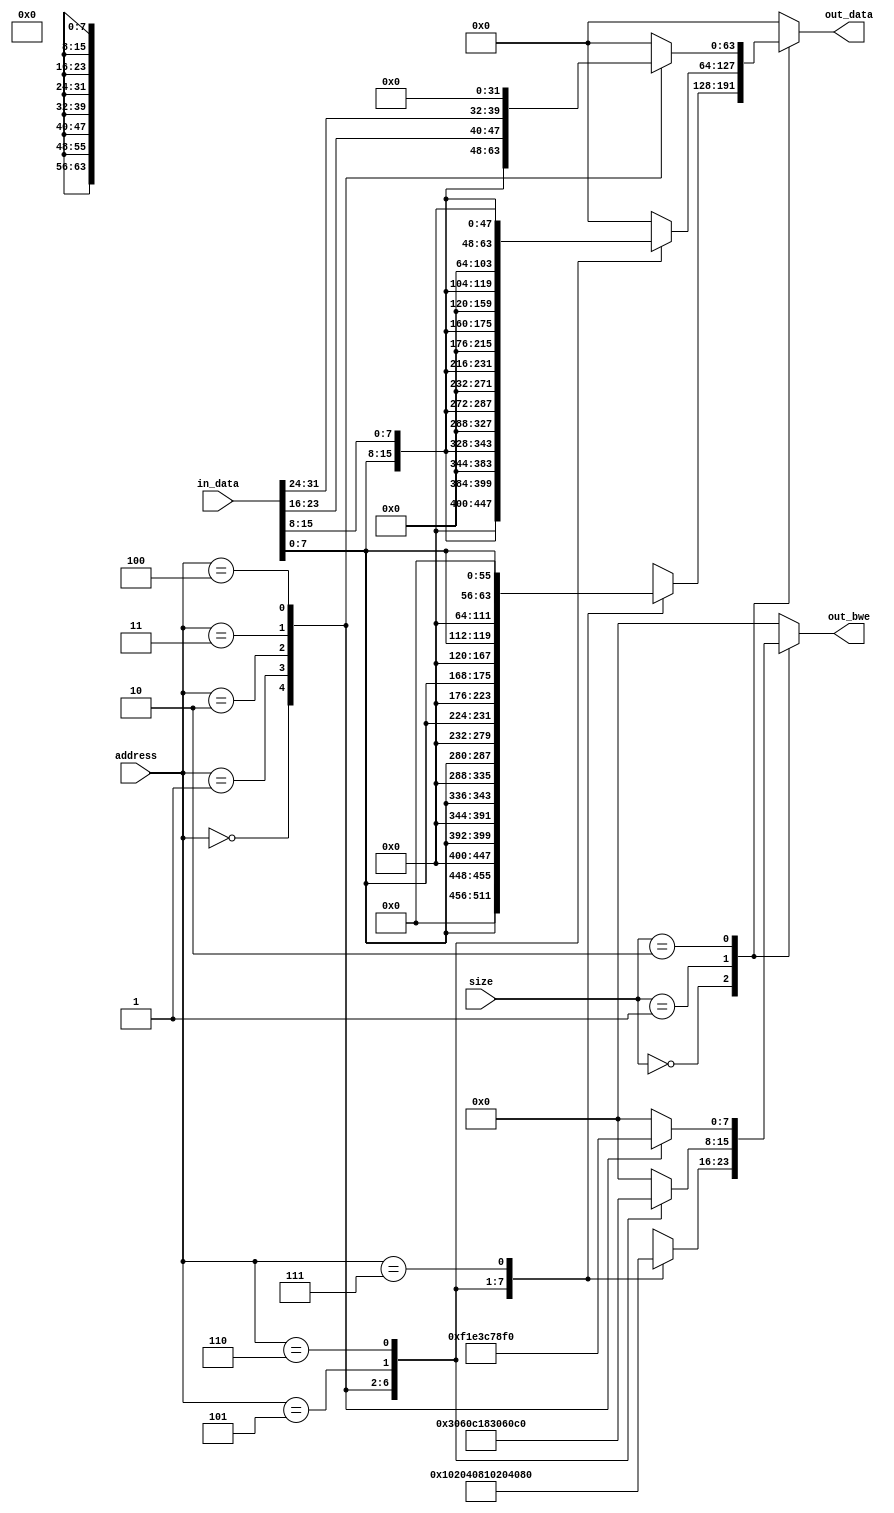
/* datafmt3264
 *
 * Format 32bit write data into a 64-bit value (for cache access).
 * Given data, address and size, generate big-endian data and write strobes.
 *
 * ME 12/4/20
 *
 * Copyright 2020 Matt Evans
 * SPDX-License-Identifier: Apache-2.0 WITH SHL-2.1
 *
 * Licensed under the Solderpad Hardware License v 2.1 (the License); you may
 * not use this file except in compliance with the License, or, at your option,
 * the Apache License version 2.0. You may obtain a copy of the License at
 *
 *  https://solderpad.org/licenses/SHL-2.1/
 *
 * Unless required by applicable law or agreed to in writing, any work
 * distributed under the License is distributed on an AS IS BASIS, WITHOUT
 * WARRANTIES OR CONDITIONS OF ANY KIND, either express or implied. See the
 * License for the specific language governing permissions and limitations
 * under the License.
 */


module datafmt3264(input wire [31:0]  in_data,
		   input wire [1:0]   size, // 00=8b, 01=16b, 10=32b
		   input wire [2:0]   address,
		   output wire [7:0]  out_bwe,
		   output wire [63:0] out_data
		   );

   /* Format read/write data:
    *
    * Generate byte write strobes
    * Generate BIG ENDIAN ordering given the size
    */
   reg [63:0] data; // Wire
   reg [7:0]  bws; // Wire

   // Format write data:
   always @(*) begin
      case (size)
        2'b00: begin // 8
           case (address[2:0])
             3'b000: begin
                data = {56'h00000000000000, in_data[7:0]};
                bws = 8'b00000001;
             end
             3'b001: begin
                data = {48'h000000000000, in_data[7:0], 8'h00};
                bws = 8'b00000010;
             end
             3'b010: begin
                data = {40'h0000000000, in_data[7:0], 16'h0000};
                bws = 8'b00000100;
             end
             3'b011: begin
                data = {32'h00000000, in_data[7:0], 24'h000000};
                bws = 8'b00001000;
             end
             3'b100: begin
                data = {24'h000000, in_data[7:0], 32'h00000000};
                bws = 8'b00010000;
             end
             3'b101: begin
                data = {16'h0000, in_data[7:0], 40'h0000000000};
                bws = 8'b00100000;
             end
             3'b110: begin
                data = {8'h00, in_data[7:0], 48'h000000000000};
                bws = 8'b01000000;
             end
             3'b111: begin
                data = {in_data[7:0], 56'h00000000000000};
                bws = 8'b10000000;
             end
             default: begin
                data = 64'h0;
                bws = 8'h00;
             end
           endcase
        end

        2'b01: begin // 16
           case (address[2:0])
             3'b000: begin
                data = {48'h000000000000, in_data[7:0], in_data[15:8]};
                bws = 8'b00000011;
             end
             3'b001: begin
                data = {40'h0000000000, in_data[7:0], in_data[15:8], 8'h00};
                bws = 8'b00000110;
             end
             3'b010: begin
                data = {32'h00000000, in_data[7:0], in_data[15:8], 16'h0000};
                bws = 8'b00001100;
             end
             3'b011: begin
                data = {24'h000000, in_data[7:0], in_data[15:8], 24'h000000};
                bws = 8'b00011000;
             end
             3'b100: begin
                data = {16'h0000, in_data[7:0], in_data[15:8], 32'h00000000};
                bws = 8'b00110000;
             end
             3'b101: begin
                data = {8'h00, in_data[7:0], in_data[15:8], 40'h0000000000};
                bws = 8'b01100000;
             end
             3'b110: begin
                data = {in_data[7:0], in_data[15:8], 48'h000000000000};
                bws = 8'b11000000;
             end
             default: begin
                data = 64'h0;
                bws = 8'h00;
             end
           endcase
        end

        2'b10: begin // 32
           case (address[2:0])
             3'b000: begin
                data = {32'h00000000, in_data[7:0], in_data[15:8], in_data[23:16], in_data[31:24]};
                bws = 8'b00001111;
             end
             3'b001: begin
                data = {24'h000000, in_data[7:0], in_data[15:8], in_data[23:16], in_data[31:24], 8'h00};
                bws = 8'b00011110;
             end
             3'b010: begin
                data = {16'h0000, in_data[7:0], in_data[15:8], in_data[23:16], in_data[31:24], 16'h0000};
                bws = 8'b00111100;
             end
             3'b011: begin
                data = {8'h00, in_data[7:0], in_data[15:8], in_data[23:16], in_data[31:24], 24'h000000};
                bws = 8'b01111000;
             end
             3'b100: begin
                data = {in_data[7:0], in_data[15:8], in_data[23:16], in_data[31:24], 32'h00000000};
                bws = 8'b11110000;
             end
             default: begin
                data = 64'h0;
                bws = 8'h00;
             end
           endcase
        end

        default: begin
           data = 64'h0;
           bws = 8'h00;
	end
      endcase
   end

   assign out_data = data;
   assign out_bwe = bws;

endmodule